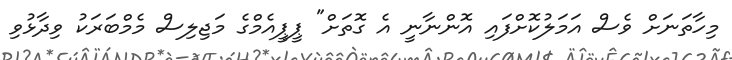
މިހާތަނަށް ވެސް އަމަލުކޮށްފައި އޮންނާނީ އެ ގޮތަށް" ޕީޕީއެމްގެ މަޖިލިސް މެމްބަރަކު ވިދާޅުވި